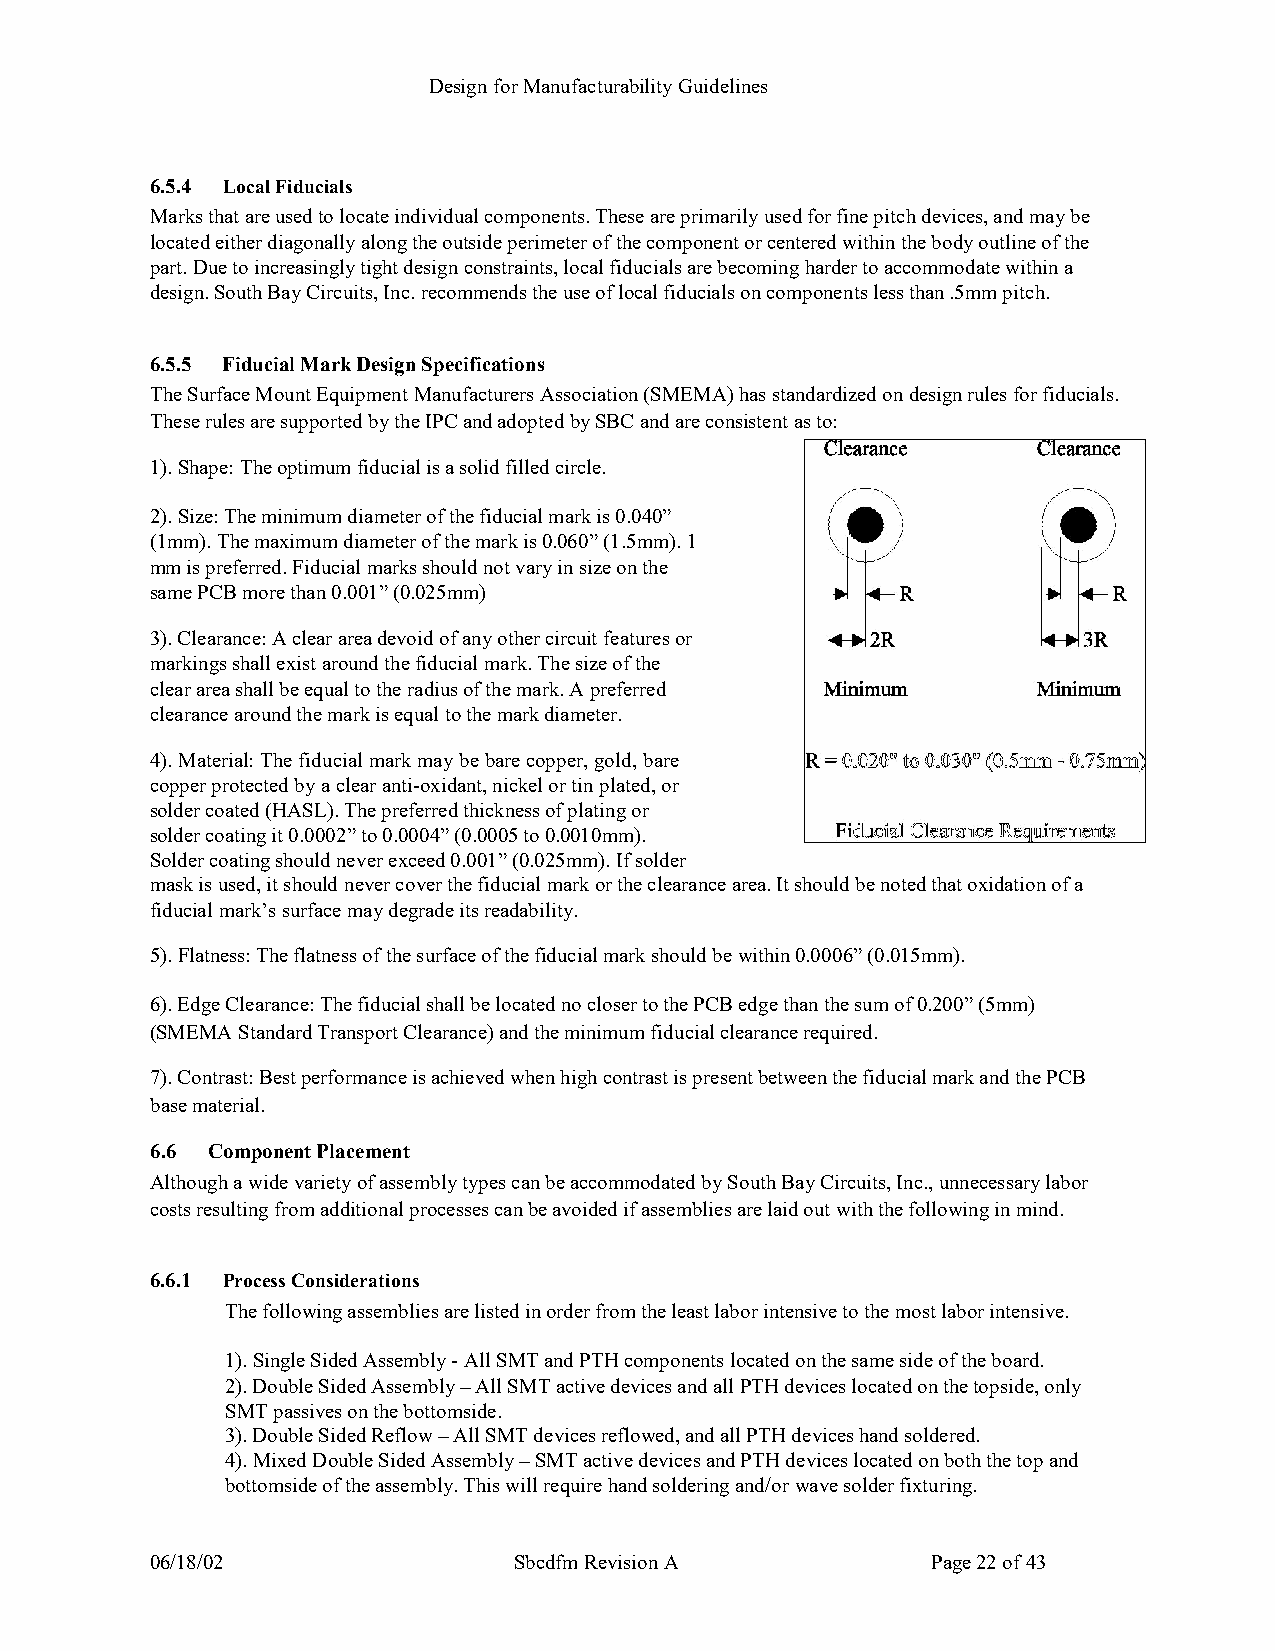
Design for Manufacturability Guidelines
 6.5.4 Local Fiducials
 Marks that are used to locate individual components. These are primarily used for fine pitch devices, and may be
 located either diagonally along the outside perimeter of the component or centered within the body outline of the
 part. Due to increasingly tight design constraints, local fiducials are becoming harder to accommodate within a
 design. South Bay Circuits, Inc. recommends the use of local fiducials on components less than .5mm pitch.
 6.5.5 Fiducial Mark Design Specifications
 The Surface Mount Equipment Manufacturers Association (SMEMA) has standardized on design rules for fiducials.
 These rules are supported by the IPC and adopted by SBC and are consistent as to:
 1). Shape: The optimum fiducial is a solid filled circle.
 2). Size: The minimum diameter of the fiducial mark is 0.040”
 (1mm). The maximum diameter of the mark is 0.060” (1.5mm). 1
 mm is preferred. Fiducial marks should not vary in size on the
 same PCB more than 0.001” (0.025mm)
 3). Clearance: A clear area devoid of any other circuit features or
 markings shall exist around the fiducial mark. The size of the
 clear area shall be equal to the radius of the mark. A preferred
 clearance around the mark is equal to the mark diameter.
 4). Material: The fiducial mark may be bare copper, gold, bare
 copper protected by a clear anti-oxidant, nickel or tin plated, or
 s older coated (HASL). The preferred thickness of plating or
 solder coating it 0.0002” to 0.0004” (0.0005 to 0.0010mm).
 Solder coating should never exceed 0.001” (0.025mm). If solder
 mask is used, it should never cover the fiducial mark or the clearance area. It should be noted that oxidation of a
 fiducial mark’s surface may degrade its readability.
 5). Flatness: The flatness of the surface of the fiducial mark should be within 0.0006” (0.015mm).
 6). Edge Clearance: The fiducial shall be located no closer to the PCB edge than the sum of 0.200” (5mm)
 (SMEMA Standard Transport Clearance) and the minimum fiducial clearance required.
 7). Contrast: Best performance is achieved when high contrast is present between the fiducial mark and the PCB
 base material.
 6.6 Component Placement
 Although a wide variety of assembly types can be accommodated by South Bay Circuits, Inc., unnecessary labor
 costs resulting from additional processes can be avoided if assemblies are laid out with the following in mind.
 6.6.1 Process Considerations
 The following assemblies are listed in order from the least labor intensive to the most labor intensive.
 1). Single Sided Assembly - All SMT and PTH components located on the same side of the board.
 2). Double Sided Assembly – All SMT active devices and all PTH devices located on the topside, only
 SMT passives on the bottomside.
 3). Double Sided Reflow – All SMT devices reflowed, and all PTH devices hand soldered.
 4). Mixed Double Sided Assembly – SMT active devices and PTH devices located on both the top and
 bottomside of the assembly. This will require hand soldering and/or wave solder fixturing.
 06/18/02                Sbcdfm Revision A           Page 22 of 43